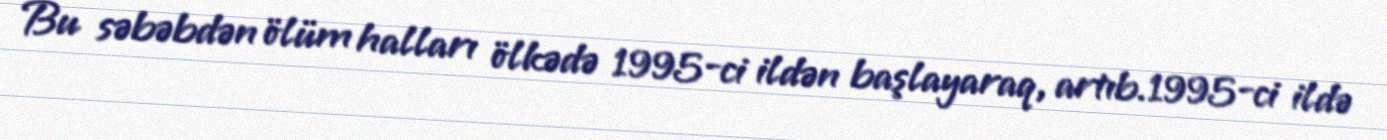
Bu səbəbdən ölüm halları ölkədə 1995-ci ildən başlayaraq, artıb.1995-ci ildə